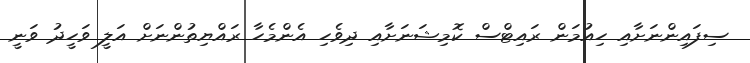
ސިފައިންނަށާއި ހިއުމަން ރައިޓްސް ކޮމިޝަނަށާއި ދިވެހި އެންމެހާ ރައްޔިތުންނަށް އަލީ ވަހީދު ވަނީ